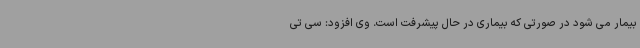
بیمار می شود در صورتی که بیماری در حال پیشرفت است. وی افزود: سی تی